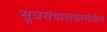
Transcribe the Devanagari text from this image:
सूत्रसंचालकामार्फत